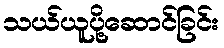
သယ်ယူပို့ဆောင်ခြင်း